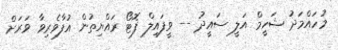
މުހައްމަދު ޝަހީމް އަލީ ސައީދު -- ވީފައިލް ފޮޓޯ ރައްޔިތުން އުފާވެރިވާ ވަރަށް